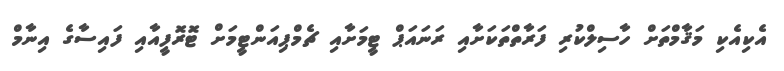
އެކިއެކި މަޤާމްތަށް ހާސިލްކުރި ފަރާތްތަކަށާއި ރަނައަޕް ޓީމަށާއި ޗެމްޕިއަންޓީމަށް ޓޮރޮފީއާއި ފައިސާގެ އިނާމް